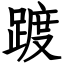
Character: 踱